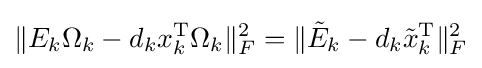
\|E_{k}\Omega _{k}-d_{k}x_{k}^{\text{T}}\Omega _{k}\|_{F}^{2}=\|{\tilde {E}}_{k}-d_{k}{\tilde {x}}_{k}^{\text{T}}\|_{F}^{2}